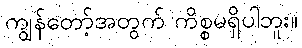
ကျွန်တော့်အတွက် ကိစ္စမရှိပါဘူး။